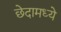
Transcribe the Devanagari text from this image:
छेदामध्ये